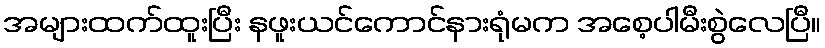
အများထက်ထူးပြီး နဖူးယင်ကောင်နားရုံမက အစေ့ပါမီးစွဲလေပြီ။